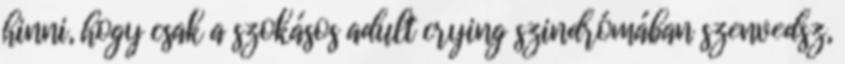
hinni, hogy csak a szokásos adult crying szindrómában szenvedsz,